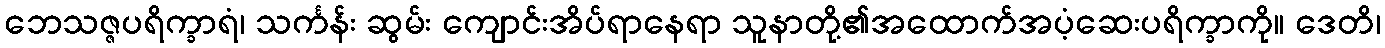
ဘေသဇ္ဇပရိက္ခာရံ၊ သင်္ကန်း ဆွမ်း ကျောင်းအိပ်ရာနေရာ သူနာတို့၏အထောက်အပံ့ဆေးပရိက္ခာကို။ ဒေတိ၊